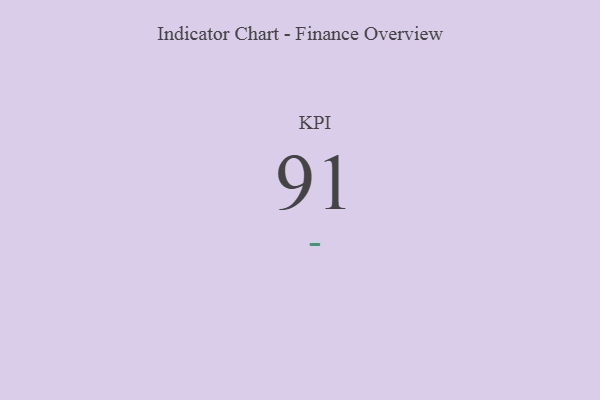
{"axis": {"x": "KPI", "y": "Value"}, "legend": [""], "data": [{"x": "KPI", "y": 91, "type": ""}]}